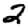
Digit: 2